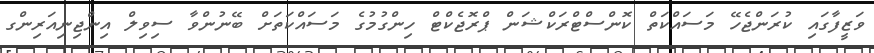
ވަޒީފާގައި ކުރަންޖެހޭ މަސައްކަތް ކޮންސްޓްރަކްޝަން ޕްރޮޖެކްޓް ހިންގުމުގެ މަސައްކަތަށް ބޭނުންވާ ސިވިލް އިންޖިނިއަރިންގ